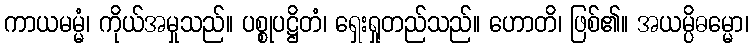
ကာယမမ္မံ၊ ကိုယ်အမှုသည်။ ပစ္စုပဋ္ဌိတံ၊ ရှေးရှုတည်သည်။ ဟောတိ၊ ဖြစ်၏။ အယမ္ပိဓမ္မော၊